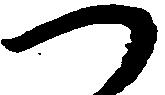
つ